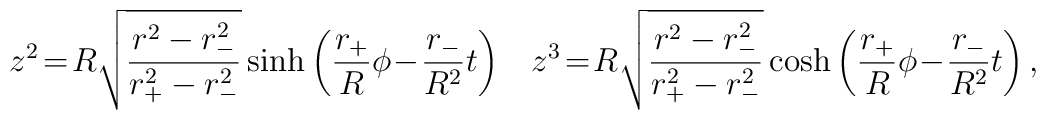
z^{2}\!=\!R\sqrt{\frac{r^{2}-r_{-}^{2}}{r^{2}_{+}-r^{2}_{-}}}\sinh \left( \frac{r_{+}}{R}\phi\!-\!\frac{r_{-}}{R^2}t \right)\;\;\;z^{3}\!=\!R\sqrt{\frac{r^{2}-r_{-}^{2}}{r^{2}_{+}-r^{2}_{-}}}\cosh \left( \frac{r_{+}}{R}\phi\!-\!\frac{r_{-}}{R^2}t \right) ,